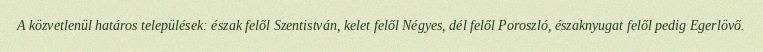
A közvetlenül határos települések: észak felől Szentistván, kelet felől Négyes, dél felől Poroszló, északnyugat felől pedig Egerlövő.